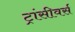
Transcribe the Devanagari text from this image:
ट्रांसीवर्स